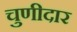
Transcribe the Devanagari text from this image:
चुणीदार